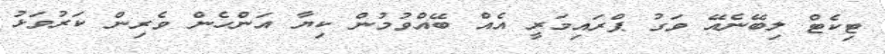
ޓިކެޓް ލިބޭނެއޭ ވަގު ޕްރައިމަރީ އެއް ބޭއްވުމުން ކިޔާ އަންހެން ވެރިން ކަރުވަޅު